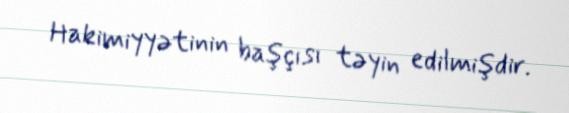
Hakimiyyətinin başçısı təyin edilmişdir.